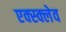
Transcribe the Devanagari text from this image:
एक्स्क्लेव